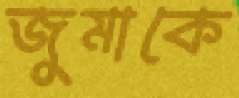
জুমাকে